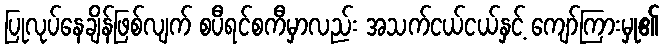
ပြုလုပ်နေချိန်ဖြစ်လျက် စပီရင်စကီမှာလည်း အသက်ငယ်ငယ်နှင့် ကျော်ကြားမှု၏